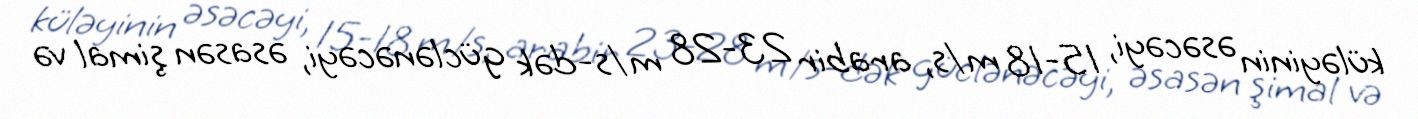
küləyinin əsəcəyi, 15-18 m/s, arabir 23-28 m/s-dək güclənəcəyi, əsasən şimal və